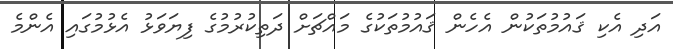
އަދި އެކި ޤައުމުތަކުން އެހެން ޤައުމުތަކުގެ މައްޗަށް ދަތިކުރުމުގެ ފިޔަވަޅު އެޅުމުގައި އެންމެ